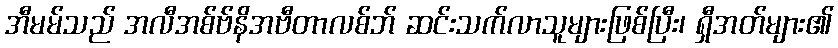
အီမမ်သည် အလီအစ်ဗ်နိအဗီတာလစ်ဘ် ဆင်းသက်လာသူများဖြစ်ပြီး၊ ရှီအတ်များ၏